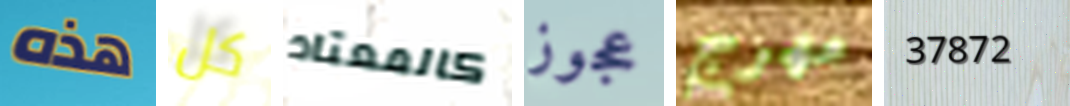
هذه كل كالمعتاد عجوز مهرج 37872